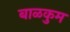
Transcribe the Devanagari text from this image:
बाळकुम